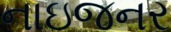
નાઇજનર